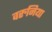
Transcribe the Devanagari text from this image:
वरुनिया